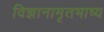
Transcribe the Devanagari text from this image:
विज्ञानामृतभाष्य